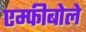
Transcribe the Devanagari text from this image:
एम्फीबोले